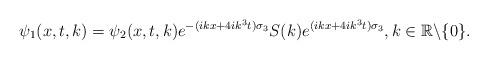
LaTeX: \begin{align*} \psi_1(x,t,k)=\psi_2(x,t,k)e^{-(ikx+4ik^3t)\sigma_3}S(k)e^{(ikx+4ik^3t)\sigma_3}, k\in\mathbb{R}\backslash\{0\}.\end{align*}